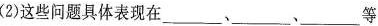
(2)这些问题具体表现在___、___、___等方面。